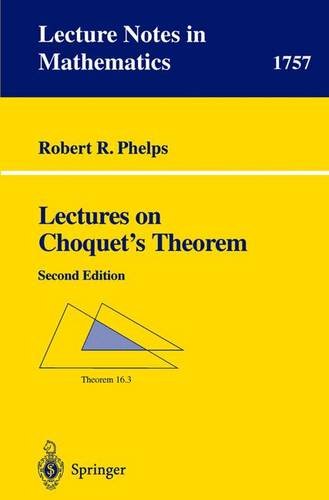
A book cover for Lectures on Choquet's Theorem (Lecture Notes in Mathematics); Robert R. Phelps; Science & Math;